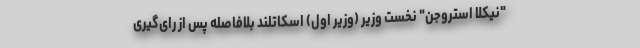
"نیکلا استروجن" نخست وزیر (وزیر اول) اسکاتلند بلافاصله پس از رای‌گیری